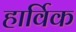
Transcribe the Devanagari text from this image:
हार्विक